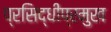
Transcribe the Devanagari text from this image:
प्रसिद्धीप्रमुख